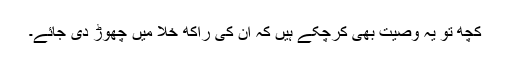
کچھ تو یہ وصیت بھی کرچکے ہیں کہ ان کی راکھ خلا میں چھوڑ دی جائے۔